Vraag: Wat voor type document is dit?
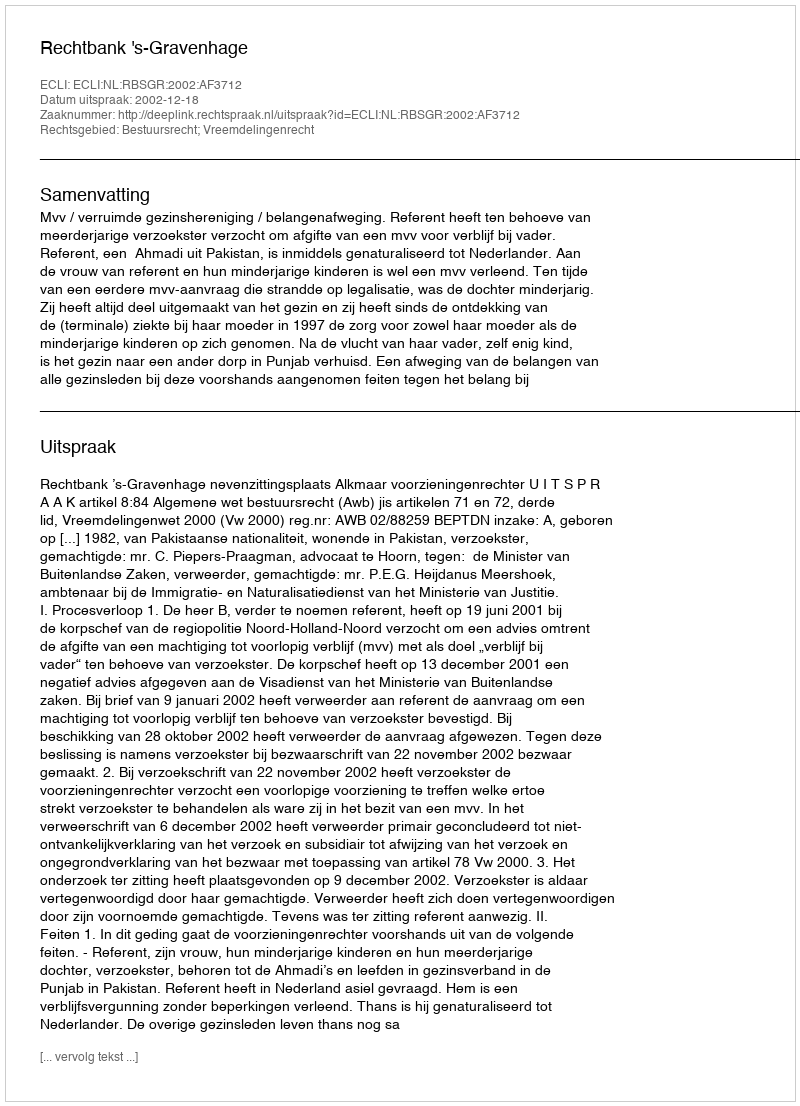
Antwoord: Uitspraak